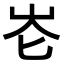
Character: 𪨧